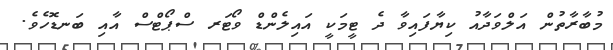
މުބާރާތުން އަލްވަދާއު ކިޔާފައިވާ ދެ ޓީމަކީ އައިލެންޑް ވޯޓަރ ސްޕޯޓްސް އާއި ބަނޑޮހެވެ.